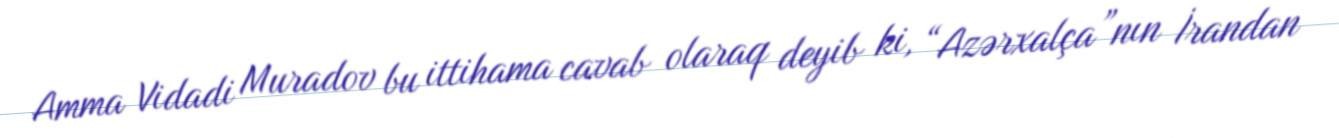
Amma Vidadi Muradov bu ittihama cavab olaraq deyib ki, “Azərxalça”nın İrandan